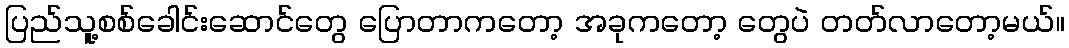
ပြည်သူ့စစ်ခေါင်းဆောင်တွေ ပြောတာကတော့ အခုကတော့ တွေပဲ တတ်လာတော့မယ်။